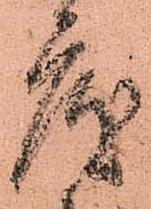
度